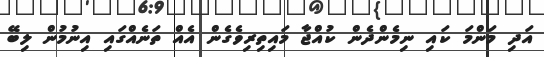
އަދި މަންމަ ކައި ނިމެންދެން ކުއްޖާ މައިތިރިވެގެން އެއް ތަނެއްގައި އިނުމުން ލިބޭ